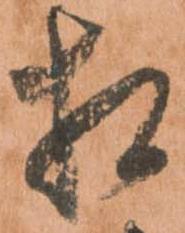
相